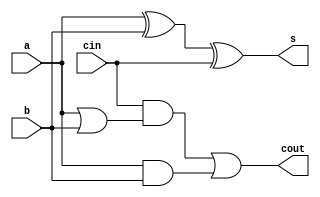
module fulladder(a,b,cin,s,cout);
	input a,b,cin;
	output reg s,cout;
	always@*
	begin
		s = a^b^cin;
		cout = cin&(a|b) | (a&b);
	end
endmodule

module dflipflop(clear,clk,d,Q);
	input clear,clk,d; //clear on 0
	output reg Q;
	always@(posedge clk or negedge clear)
	begin
		if(!clear)
			Q<=1'b0;
		else
			Q<=d;
	end
endmodule

module shiftregister(enable,clk,in,Q,num);
	parameter n =4;
	input in,clk,enable;input [3:0] num;
	output reg [n-1:0] Q;
	initial
	Q=num;
	always@(posedge clk)
	begin
		if(enable)
		Q={in,Q[n-1:1]};
		else
		Q=num;
	end
endmodule

module serial_adder(in1,in2,enable,clk,out,clear);
	input [3:0] in1,in2;input enable,clk,clear;
	output [3:0] out;
	wire [3:0] x,y;wire z,s,cout;//wire [31:0] reg[0:3];
	reg mul;
	
	always@*
		mul = clk&enable;
		
	//shiftregister sa(enable,clk,s,x,in1);
	//shiftregister sb(enable,clk,s,y,in2);
	fulladder f1(x[0],y[0],z,s,cout);
	dflipflop df(clear,mul,cout,z);
	shiftregister sa(enable,clk,s,x,in1);
	shiftregister sb(enable,clk,s,y,in2);
	assign out = x;
	
	
endmodule
		
module testbench;
			reg [3:0] a,b;
			reg enable,clk,clear;
			wire [3:0] out;
			
			serial_adder s(a,b,enable,clk,out,clear);

			always
			#1	clk=~clk;
			
			initial	
			begin
				$monitor(,$time,"a=%d,b=%d,out=%b",a,b,out);
				a = 4'd9;b=4'd3;clk = 1'b0;enable=1'b0;clear=1'b1;
			#2	enable=1'b1;clear=1'b1;
			//#6	a = 4'd3;b=4'd2;enable=1'b1;clear=1'b1;
			#30	a = 4'd5;b=4'd11;enable=1'b0;clear=1'b1;
			#31 enable = 1'b1;
			//#5	a = 4'd6;b=4'd6;enable=1'b1;clear=1'b1;
			//#4	a = 4'd8;b=4'd4;enable=1'b1;clear=1'b1;
			//#8	a = 4'd10;b=4'd4;enable=1'b1;clear=1'b1;
			#1 $finish;
			end
			
			initial
			begin
			$dumpfile("sa.vcd");
			$dumpvars();
			end
endmodule